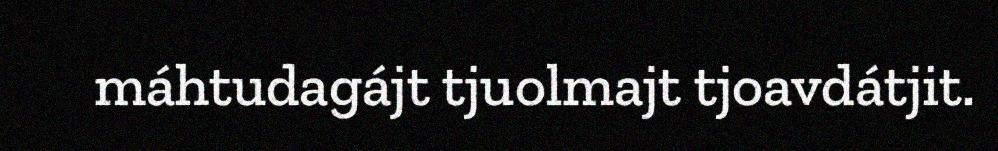
máhtudagájt tjuolmajt tjoavdátjit.